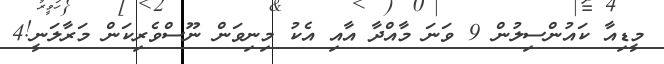
މީޑިއާ ކައުންސިލުން 9 ވަނަ މާއްދާ އާއި އެކު މިނިވަން ނޫސްވެރިކަން މަރާލަނީ!4